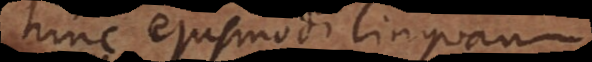
hinc ejusmodi linguam